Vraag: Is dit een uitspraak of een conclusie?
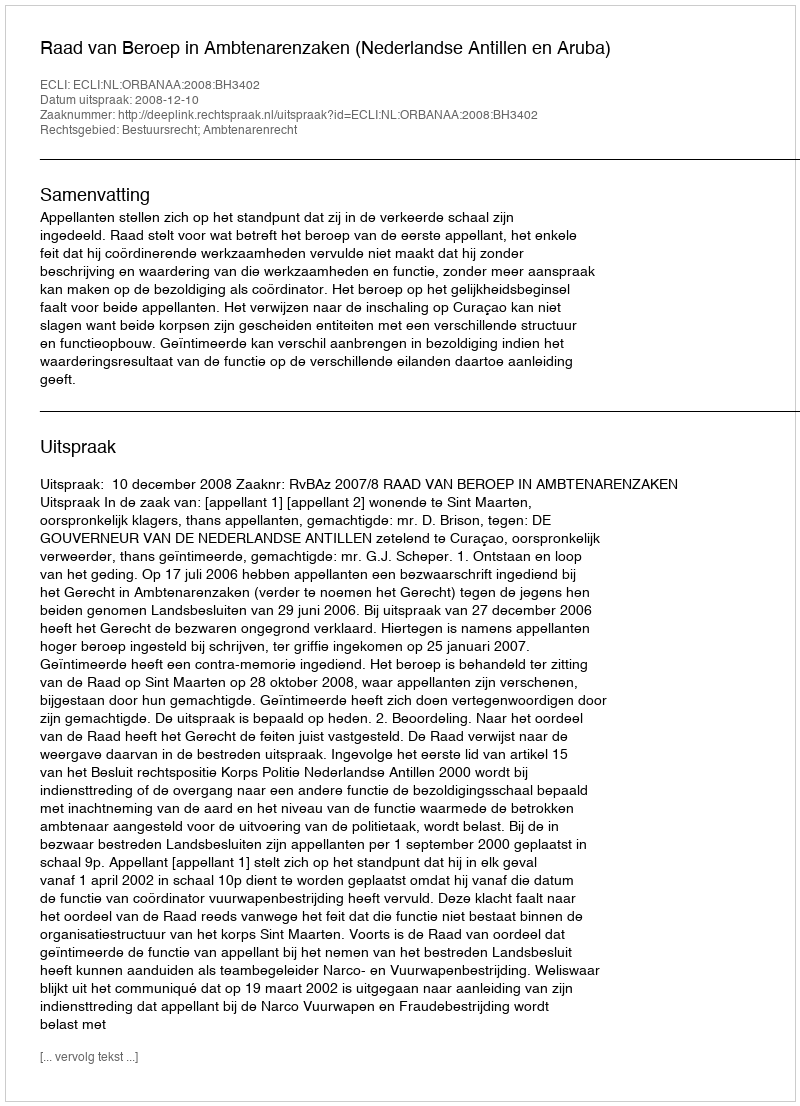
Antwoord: Uitspraak